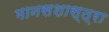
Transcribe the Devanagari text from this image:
मानसशास्त्रा